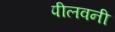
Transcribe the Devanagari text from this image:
पीलवनी